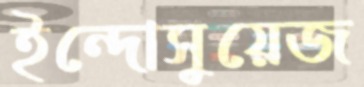
ইন্দোসুয়েজ